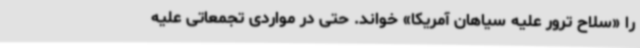
را «سلاح ترور علیه سیاهان آمریکا» خواند. حتی در مواردی تجمعاتی علیه